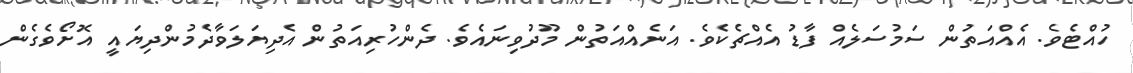
ހުއްޓެވެ. އެއްއަތުން ސަމުސަލެއް ފާޑު އެއްޗެކެވެ. އަނެއްއަތުން މޫދުވިނައެވެ. ދެންހުރިއަތުން އެދިޔަލަވާދެމުންދިޔައީ އޮށޯވެގެން